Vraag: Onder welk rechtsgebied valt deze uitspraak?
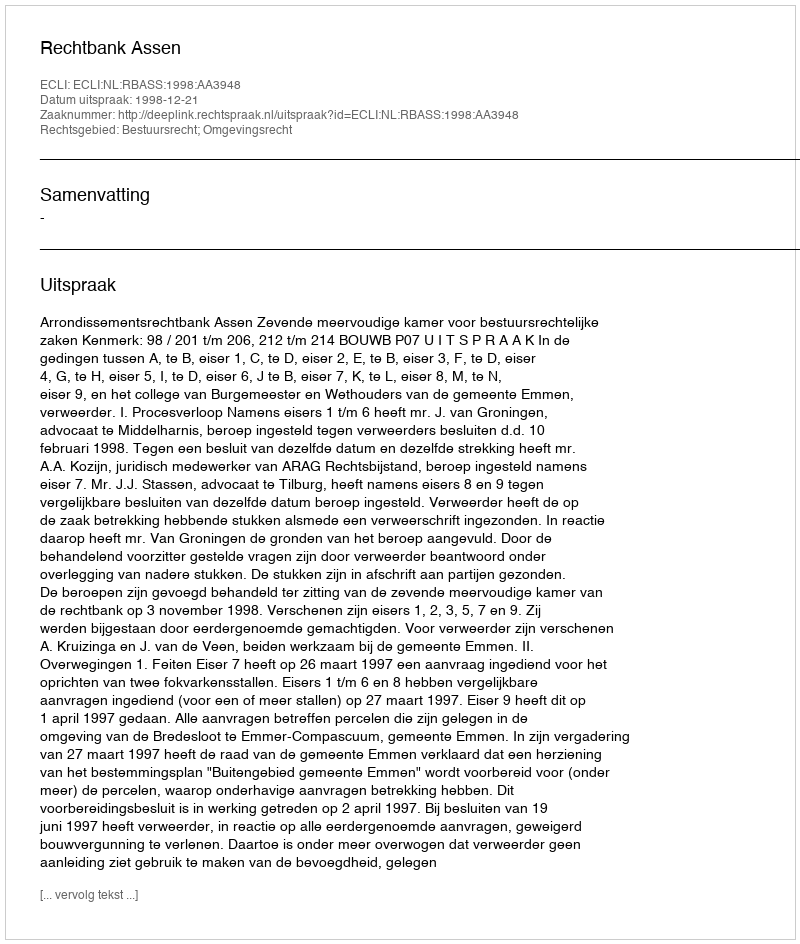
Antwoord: Bestuursrecht; Omgevingsrecht